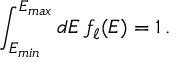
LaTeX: \int _ { E _ { m i n } } ^ { E _ { m a x } } d E \, f _ { \ell } ( E ) = 1 \, .